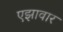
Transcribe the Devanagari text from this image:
एझावार